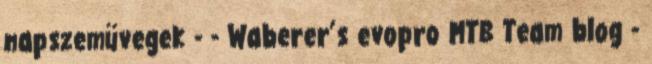
napszemüvegek - - Waberer’s evopro MTB Team blog -